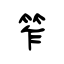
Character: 笮